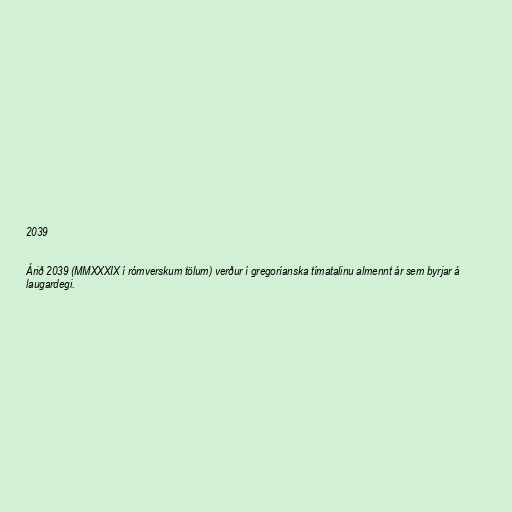
2039

Árið 2039 (MMXXXIX í rómverskum tölum) verður í gregoríanska tímatalinu almennt ár sem byrjar á
laugardegi.